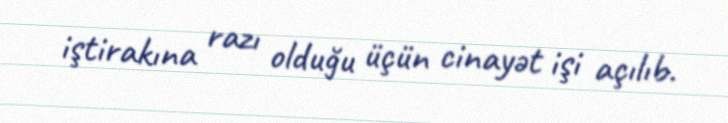
iştirakına razı olduğu üçün cinayət işi açılıb.